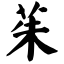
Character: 茱